Document type: Grant
Year: 1403
Scribe: Berenguer Pedrosell
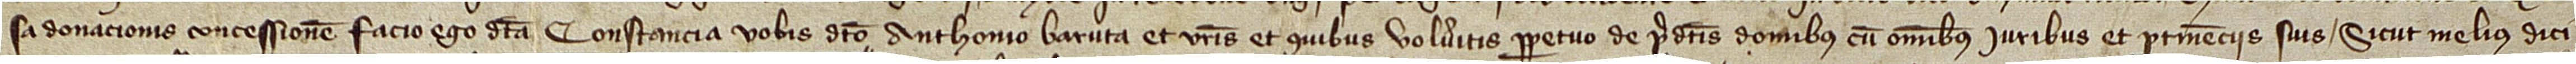
sa donacionis concessionem facio ego dicta Constancia vobis dicto Anthonio Baruta et vestris et quibus volueritis perpetuo de predictis domibus, cum omnibus iuribus et pertinenciis suis, sicut melius dici